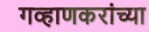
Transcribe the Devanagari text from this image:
गव्हाणकरांच्या